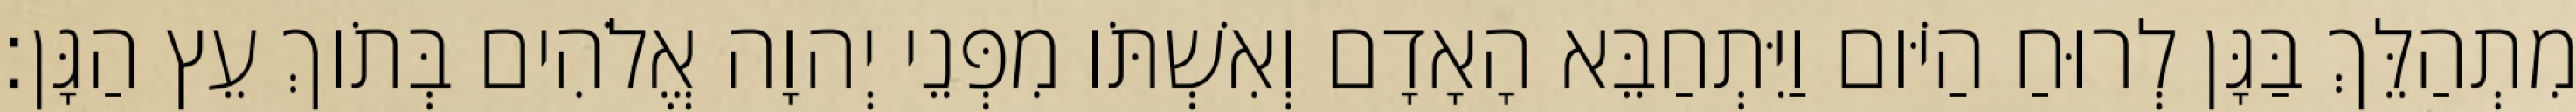
מִתְהַלֵּךְ בַּגָּן לְרוּחַ הַיֹּום וַיִּתְחַבֵּא הָאָדָם וְאִשְׁתֹּו מִפְּנֵי יְהוָה אֱלֹהִים בְּתֹוךְ עֵץ הַגָּן׃